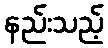
နည်းသည့်